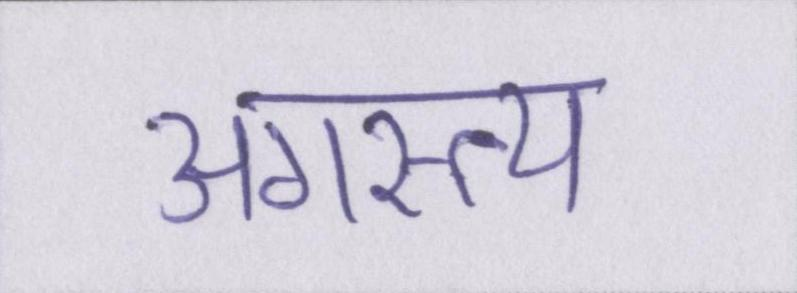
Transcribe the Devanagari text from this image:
अगस्त्य